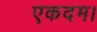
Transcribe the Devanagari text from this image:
एकदम।